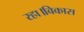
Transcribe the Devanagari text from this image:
रहा।विकास